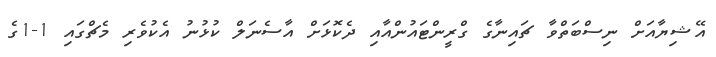
އޭޝިޔާއަށް ނިސްބަތްވާ ޗައިނާގެ ގްރީންޓައުންއާއި ދެކޮޅަށް އާސެނަލް ކުޅުނު އެކުވެރި މެޗްގައި 1-1ގެ